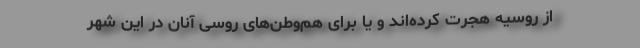
از روسیه هجرت کرده‌اند و یا برای هم‌وطن‌های روسی آنان در این شهر